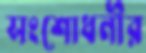
সংশোধনীর